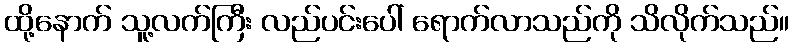
ထို့နောက် သူ့လက်ကြီး လည်ပင်းပေါ် ရောက်လာသည်ကို သိလိုက်သည်။